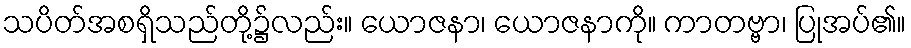
သပိတ်အစရှိသည်တို့၌လည်း။ ယောဇနာ၊ ယောဇနာကို။ ကာတဗ္ဗာ၊ ပြုအပ်၏။